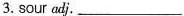
3.sour adj.___